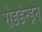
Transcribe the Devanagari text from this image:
रोडडेन्ड्रन